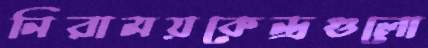
নিরাময়কেন্দ্রগুলো